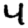
Digit: 4